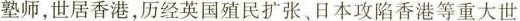
塾师，世居香港，历经英国殖民扩张、日本攻陷香港等重大世